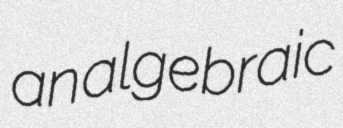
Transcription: an algebraic